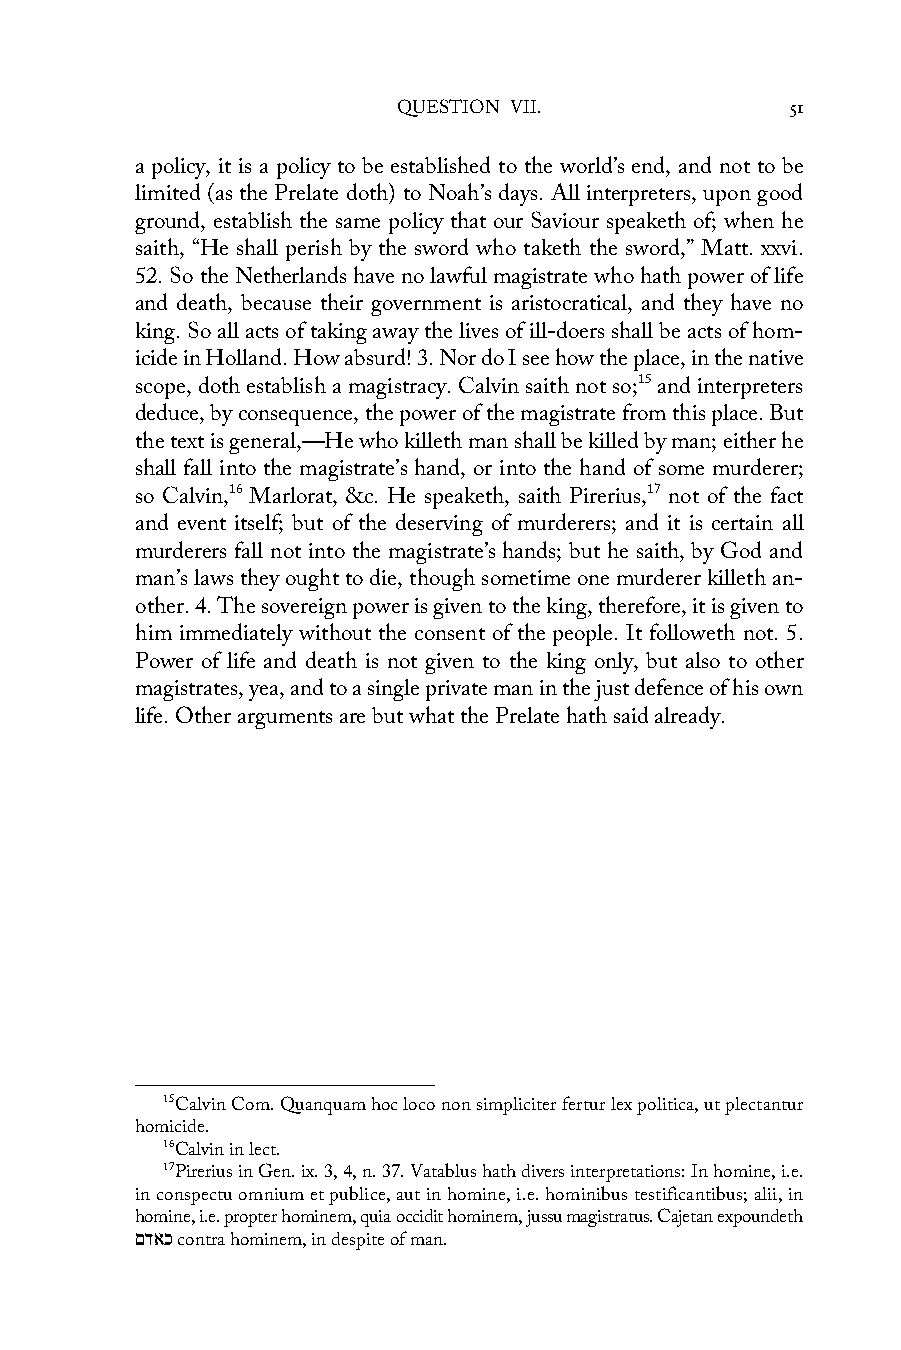
QUESTION VII.             51
 a policy, it is a policy to be established to the world’s end, and not to be
 limited (as the Prelate doth) to Noah’s days. All interpreters, upon good
 ground, establish the same policy that our Saviour speaketh of; when he
 saith, “He shall perish by the sword who taketh the sword,” Matt. xxvi.
 52. So the Netherlands have no lawful magistrate who hath power of life
 and death, because their government is aristocratical, and they have no
 king. So all acts of taking away the lives of ill-doers shall be acts of hom-
 icide in Holland. How absurd! 3. Nor do I see how the place, in the native
 scope, doth establish a magistracy. Calvin saith not so;15 and interpreters
 deduce, by consequence, the power of the magistrate from this place. But
 the text is general,—He who killeth man shall be killed by man; either he
 shall fall into the magistrate’s hand, or into the hand of some murderer;
 so Calvin,16 Marlorat, &c. He speaketh, saith Pirerius,17 not of the fact
 and event itself; but of the deserving of murderers; and it is certain all
 murderers fall not into the magistrate’s hands; but he saith, by God and
 man’s laws they ought to die, though sometime one murderer killeth an-
 other. 4. The sovereign power is given to the king, therefore, it is given to
 him immediately without the consent of the people. It followeth not. 5.
 Power of life and death is not given to the king only, but also to other
 magistrates, yea, and to a single private man in the just defence of his own
 life. Other arguments are but what the Prelate hath said already.
 15Calvin Com. Quanquam hoc loco non simpliciter fertur lex politica, ut plectantur
 homicide.
 16Calvin in lect.
 17Pirerius in Gen. ix. 3, 4, n. 37. Vatablus hath divers interpretations: In homine, i.e.
 in conspectu omnium et publice, aut in homine, i.e. hominibus testificantibus; alii, in
 homine, i.e. propter hominem, quia occidit hominem, jussu magistratus. Cajetan expoundeth
 םדאכ contra hominem, in despite of man.